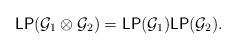
LaTeX: \begin{align*}\mathsf{LP}(\mathcal G_1\otimes \mathcal G_2)=\mathsf{LP}(\mathcal G_1)\mathsf{LP}(\mathcal G_2).\end{align*}